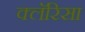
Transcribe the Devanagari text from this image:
क्लॅरिसा